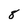
Character: 8